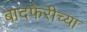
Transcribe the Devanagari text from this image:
बादफेरीच्या